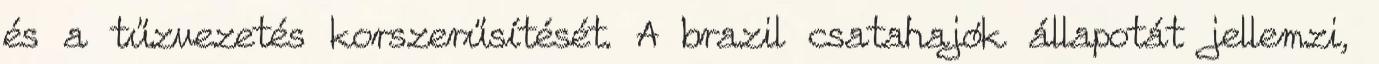
és a tűzvezetés korszerűsítését. A brazil csatahajók állapotát jellemzi,